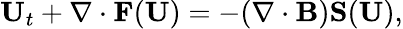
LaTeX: \mathbf{U}_{t}+\nabla\cdot\mathbf{F}(\mathbf{U})=-(\nabla\cdot\mathbf{B})\mathbf{S}(\mathbf{U}),